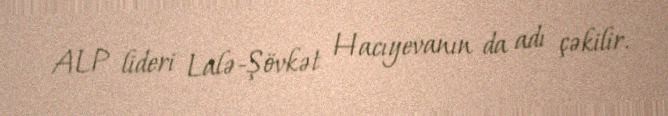
ALP lideri Lalə-Şövkət Hacıyevanın da adı çəkilir.